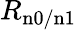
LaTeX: R_{\mathrm{n0/n1}}